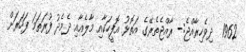
1962  ދިވެހިރާއްޖެ:- ރާއްޖެތެރޭގެ އަތޮޅު އޮފީހަކާއި މާލެއާއި ދެމެދު ފުރަތަމަ ފަހަރަށް